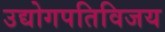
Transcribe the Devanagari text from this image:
उद्योगपतिविजय